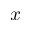
x